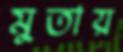
মুতায়